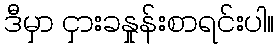
ဒီမှာ ငှားခနှုန်းစာရင်းပါ။